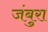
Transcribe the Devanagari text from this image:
जंबुरा